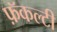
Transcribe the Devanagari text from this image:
फ़ॅकल्टी